Report on vaccination in Madras 1904-1921 - 1904-1921
Year: 1904
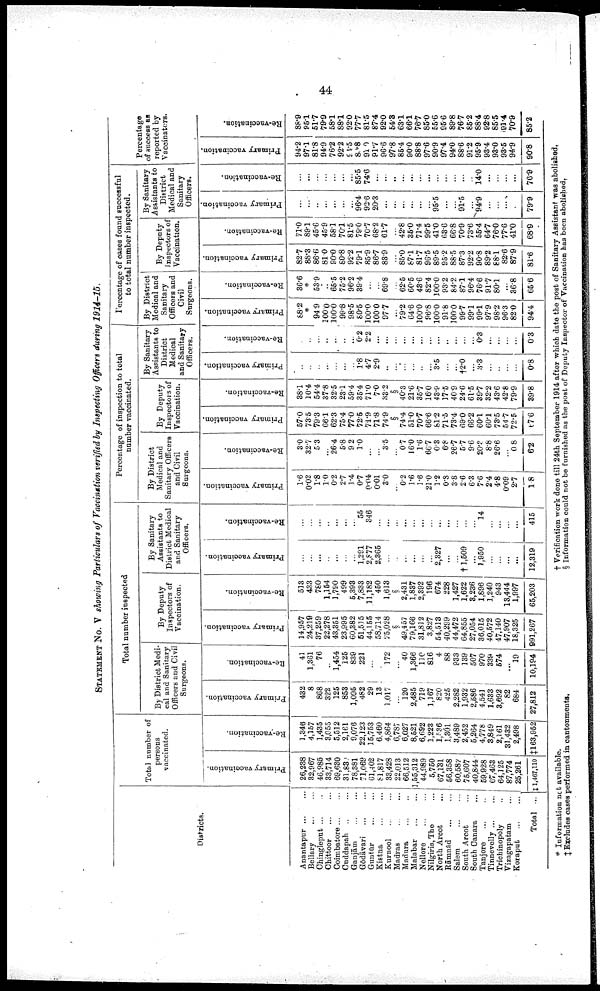
44
STATEMENT NO. V showing Particulars of Vaccination verified by Inspecting Officers during 1914-15.
Districts.
Anantapur ...
...
Bellary
...
...
Chingleput ... ...
Chittoor ... ...
Coimbatore ...
Cuddapah ... ...
Ganjām
...
...
Gōdāvari ... ...
Guntūr ... ...
Kistna
...
...
Kurnool
...
...
Madras ... ...
Madura ... ...
Malabar
...
...
Nellore
...
...
Nilgiris,The ...
North Arcot...
Rāmnad
...
...
Salem ... ...
South Arcot ...
South Canara ...
Tanjore ... ...
Tinnevelly ... ...
Trichinopoly
Vizagapatam ...
Koraput
...
...
Total ...
Total number of
persons
vaccinated.
Primary vaccination.
26,238
32,967
46,985
83,714
69,630
31,831
78,381
71,069
61,402
81,817
33,428
22,013
66,512
1,55,312
44,989
5,750
67,131
56,358
60,582
75,607
40,844
59,928
67,463
64,125
87,774
25,261
‡1,467,110
Re-vaccination.
1,346
4,157
1,485
3,055
5,512
2,161
9,076
22,123
15,753
6,460
4,864
6,787
6,027
8,521
6,692
1,223
1,536
1,361
3,489
2,452
5,264
4,778
3,849
2,161
31,432
2,498
‡163,952
Total number inspected
By District Medi
cal and Sanitary
Officers and Civil
Surgeons.
Primary vaccination.
432
8
868
322
125
853
1,095
482
29
13
1,017
...
120
2,485
719
1,167
820
425
2,282
1,932
2,586
4,541
1,683
8,092
82
684
27,812
Re-vaccination.
41
1,361
76
...
1,454
125
839
221
...
...
172
...
40
1,366
110
816
4
88
933
139
507
970
339
574
...
19
10,194
By Deputy
Inspectors of
Vaccination.
Primary vaccination.
14,957
24,219
37,259
22,278
43,351
23,995
60,382
51,515
44,155
58,714
25,028
§
49,457
79,166
31,812
3,827
54,513
40,299
44,472
64,855
27,054
36,015
40,572
47,140
47,907
18,325
991,267
Re-vaccination.
513
433
780
1,154
1,790
499
5,398
7,833
11,182
450
1,613
§
2,431
1,837
2,392
196
674
228
1,427
1,622
8,236
1,896
1,240
943
13,444
1,997
65,203
By Sanitary
Assistants to
District Medical
and Sanitary
Officers.
Primary vaccination.
...
...
...
...
...
...
...
1,291
2,877
2,365
...
...
...
...
...
...
2,327
...
...
†1,609
...
1,950
...
...
...
...
12,319
Re-vaccination.
...
...
...
...
...
...
...
55
346
...
...
...
...
...
...
...
...
...
...
...
...
14
...
...
...
...
415
Percentage of inspection to total
number vaccinated.
By District
Medical and
Sanitary Officers
and Civil
Surgeons.
Primary vaccination.
1.6
0.02
1.8
10
0.2
2.7
1.4
0.7
0.04
0.01
3.0
...
0.2
1.6
1.6
21.0
1.2
0.8
3.8
2.6
6.3
7.6
2.4
4.8
0.09
2.7
1.8
Re-vaccination.
3.0
32.7
5.3
...
26.4
5.8
9.2
1.0
...
...
3.5
...
0.7
16.0
1.6
66.7
0.3
6.8
26.7
5.7
9.6
20.3
8.8
26.6
...
0.8
6.2
By Deputy
Inspectors of
Vaccination.
Primary vaccination.
57.0
73.5
79.3
66.1
62.3
75.4
77.0
72.5
71.9
71.8
74.9
§
74.4
51.0
70.7
66.6
81.2
71.5
73.4
69.0
66.2
60.1
60.1
73.5
54.7
72.5
67.6
Re-vaccination.
38.1
10.4
54.4
37.8
32.5
23.1
59.4
35.4
71.0
7.0
33.2
§
40.3
21.6
35.7
16.0
43.9
17.5
40.9
24.6
61.5
39.7
32.2
43.6
42.8
79.9
39.8
By Sanitary
Assistants to
District
Medical
and Sanitary
Officers.
Primary vaccination.
...
...
...
...
...
...
...
1.8
4.7
2.9
...
...
...
...
...
...
3.5
...
...
†2.0
...
3.3
...
...
...
...
0.8
Re-vaccination.
...
...
...
...
...
...
...
0.2
2.2
...
...
...
...
...
...
...
...
...
...
...
...
0.3
...
...
...
...
0.3
Percentage of oases found successful
to total number inspected.
By District
Medical and
Sanitary
Officers and
Civil
Surgeons.
Primary vaccination.
88.2
*
94.9
100.0
100.0
99.8
98.5
80.5
100.0
100.0
97.7
...
79.2
64.6
100.0
96.8
100.0
91.8
100.0
99.7
99.1
99.1
97.9
98.2
96.3
82.0
94.4
Re-vaccination.
36.6
*
53.9
...
65.5
75.2
96.2
39.4
...
...
69.8
...
62.5
60.5
43.6
82.4
100.0
93.2
84.2
87.1
96.4
76.6
91.7
80.1
...
36.8
65.6
By Deputy
Inspectors of
Vaccination.
Primary vaccination.
82.7
88.3
86.6
81.0
90.0
80.8
92.2
79.1
85.9
86.7
83.9
...
85.0
87.1
81.7
96.5
89.5
95.2
88.5
87.3
92.2
90.8
89.2
88.1
82.6
87.9
81.6
Re-vaccination.
71.0
89.1
45.6
45.9
58.1
70.1
81.5
79.0
70.7
68.2
61.7
...
42.8
35.0
71.4
99.5
41.0
63.6
66.8
70.9
73.6
55.4
64.7
76.0
77.6
41.0
68.9
By Sanitary
Assistants to
District
Medical and
Sanitary
Officers.
Primary vaccination.
...
...
...
...
...
...
...
96.4
92.6
20.3
...
...
...
...
...
...
95.5
...
...
91.5
...
94.9
...
...
...
...
79.9
Re-vaccination.
...
...
...
...
...
...
...
85.5
74.6
...
...
...
...
...
...
...
...
...
...
...
...
14.0
...
...
...
...
76.9
Percentage
of success as
reported by
Vaccinators.
Primary vaccination.
94.2
97.1
81.8
94.9
76.2
92.2
94.5
80.8
91.0
91.7
96.6
97.8
85.4
90.0
88.8
97.6
90.9
97.4
94.0
88.6
91.2
95.9
93.4
93.0
93.5
94.9
90.8
Re-vaccination.
88.9
95.1
51.7
79.9
58.1
88.1
92.0
77.7
81.5
87.4
92.0
54.3
63.1
66.1
76.7
85.0
55.6
95.6
89.8
76.7
85.2
88.4
92.8
85.5
91.4
70.9
85.2
* Information not available.
† Verification work done till 24th September 1914 after which date the post of Sanitary Assistant was abolished.
‡ Excludes cases performed in cantonments.
§ Information could not be furnished as the post of Deputy Inspector of Vaccination has been abolished.